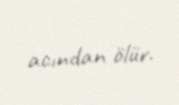
acından ölür.